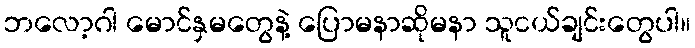
ဘလော့ဂါ မောင်နှမတွေနဲ့ ပြောမနာဆိုမနာ သူငယ်ချင်းတွေပါ။